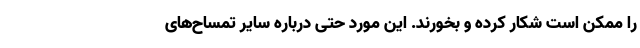
را ممکن است شکار کرده و بخورند. این مورد حتی درباره سایر تمساح‌های